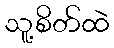
သူ့စိတ်ထဲ